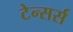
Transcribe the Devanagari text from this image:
टेन्सर्स